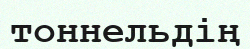
тоннельдің